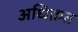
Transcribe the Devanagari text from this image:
अधिक्रत